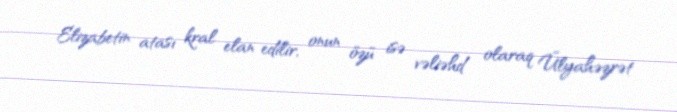
Elizabetin atası kral elan edilir, onun özü isə vəliəhd olaraq Ülyahəzrət